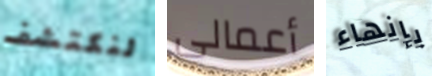
لنكتشف أعمالى بإنهاء